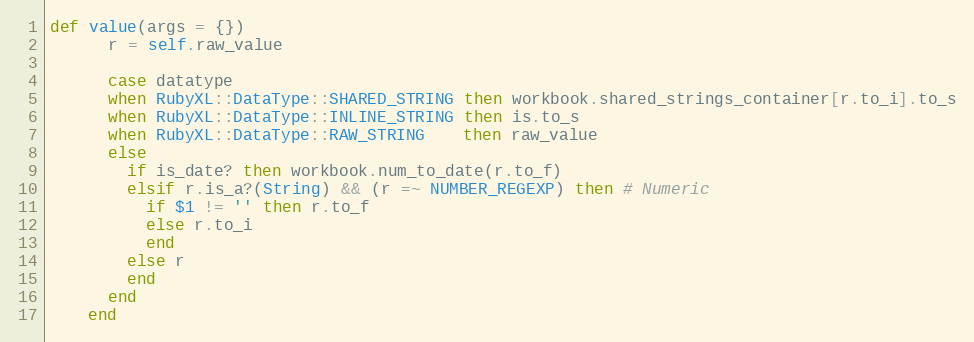
Language: Ruby
def value(args = {})
      r = self.raw_value

      case datatype
      when RubyXL::DataType::SHARED_STRING then workbook.shared_strings_container[r.to_i].to_s
      when RubyXL::DataType::INLINE_STRING then is.to_s
      when RubyXL::DataType::RAW_STRING    then raw_value
      else
        if is_date? then workbook.num_to_date(r.to_f)
        elsif r.is_a?(String) && (r =~ NUMBER_REGEXP) then # Numeric
          if $1 != '' then r.to_f
          else r.to_i
          end
        else r
        end
      end
    end